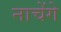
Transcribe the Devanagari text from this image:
नाचेंगे